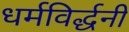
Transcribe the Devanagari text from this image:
धर्मविर्द्धनी